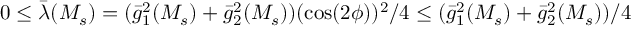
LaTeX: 0 \leq \bar { \lambda } ( M _ { s } ) = ( \bar { g } _ { 1 } ^ { 2 } ( M _ { s } ) + \bar { g } _ { 2 } ^ { 2 } ( M _ { s } ) ) ( \cos ( 2 \phi ) ) ^ { 2 } / 4 \leq ( \bar { g } _ { 1 } ^ { 2 } ( M _ { s } ) + \bar { g } _ { 2 } ^ { 2 } ( M _ { s } ) ) / 4